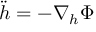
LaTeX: \ddot { h } = - \nabla _ { h } \Phi